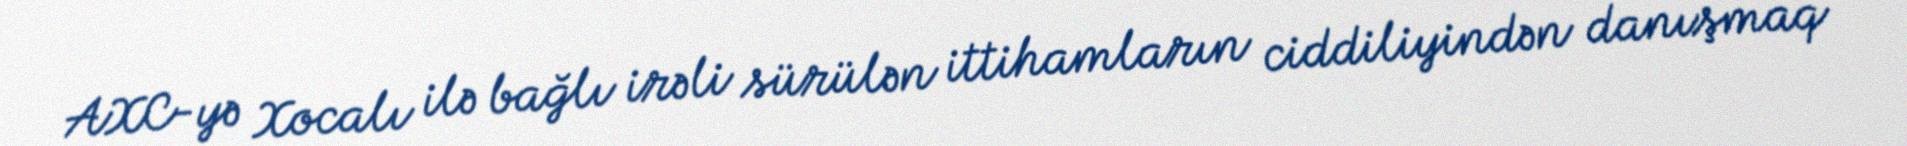
AXC-yə Xocalı ilə bağlı irəli sürülən ittihamların ciddiliyindən danışmaq